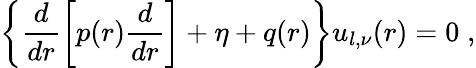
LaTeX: \left\{ \frac{d}{dr}\left[p(r)\frac{d}{dr}\right]+\eta+q(r)\right\} u_{l,\nu}(r)=0\; ,